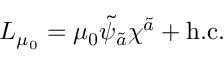
{ \cal L } _ { \mu _ { 0 } } = \mu _ { 0 } \tilde { \psi } _ { \tilde { a } } \chi ^ { \tilde { a } } + \mathrm { h . c . }